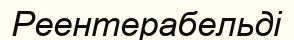
Реентерабельді